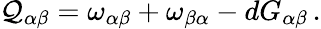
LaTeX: \mathcal{Q}_{\alpha\beta}=\omega_{\alpha\beta}+\omega_{\beta\alpha}-dG_{\alpha\beta}\, .